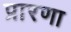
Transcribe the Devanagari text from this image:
प्रारणा